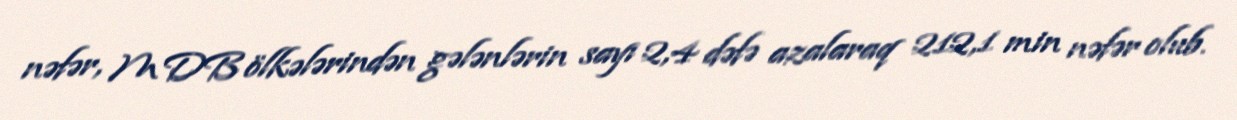
nəfər, MDB ölkələrindən gələnlərin sayı 2,4 dəfə azalaraq 212,1 min nəfər olub.